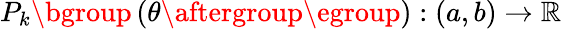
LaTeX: P_{k}\mathopen{}\mathclose\bgroup\left(\theta\aftergroup\egroup\right):(a,b)\rightarrow\mathbb{R}